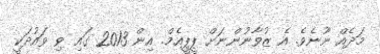
މަދެއް ނޫނެވެ. އެ ޒުވާނުންނަށް ޕީޕީއެމް. އިން 2013 ގައި ވި ވައުދަކީ